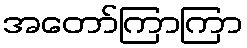
အတော်ကြာကြာ